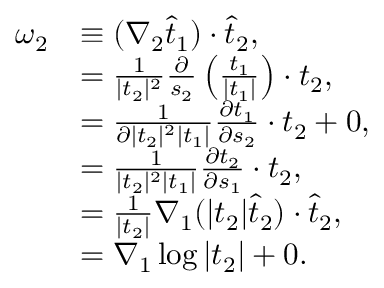
\begin{array} { r l } { \omega _ { 2 } } & { \equiv ( \nabla _ { 2 } \widehat { t } _ { 1 } ) \cdot \widehat { t } _ { 2 } , } \\ & { = \frac { 1 } { | t _ { 2 } | ^ { 2 } } \frac { \partial } { s _ { 2 } } \left( \frac { t _ { 1 } } { | t _ { 1 } | } \right) \cdot t _ { 2 } , } \\ & { = \frac { 1 } { \partial | t _ { 2 } | ^ { 2 } | t _ { 1 } | } \frac { \partial t _ { 1 } } { \partial s _ { 2 } } \cdot t _ { 2 } + 0 , } \\ & { = \frac { 1 } { | t _ { 2 } | ^ { 2 } | t _ { 1 } | } \frac { \partial t _ { 2 } } { \partial s _ { 1 } } \cdot t _ { 2 } , } \\ & { = \frac { 1 } { | t _ { 2 } | } \nabla _ { 1 } ( | t _ { 2 } | \widehat { t } _ { 2 } ) \cdot \widehat { t } _ { 2 } , } \\ & { = \nabla _ { 1 } \log | t _ { 2 } | + 0 . } \end{array}